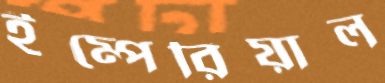
ইম্পেরিয়াল